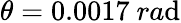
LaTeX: \theta=0.0017~ra\mathrm{d}